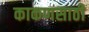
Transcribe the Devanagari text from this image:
काकणसाठी